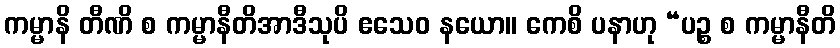
ကမ္မာနိ တီဏိ စ ကမ္မာနီတိအာဒီသုပိ ဧသေဝ နယော။ ကေစိ ပနာဟု “ပဉ္စ စ ကမ္မာနီတိ